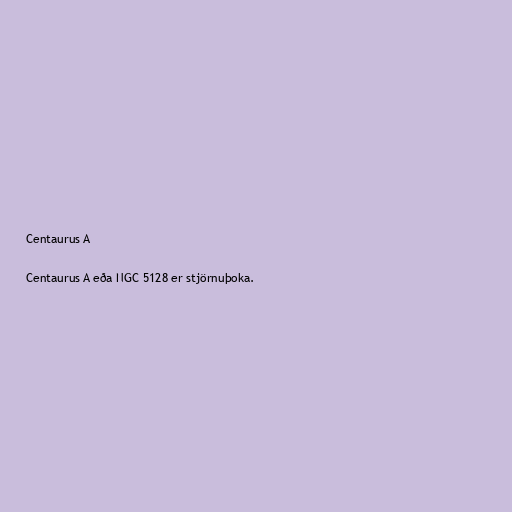
Centaurus A

Centaurus A eða NGC 5128 er stjörnuþoka.